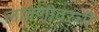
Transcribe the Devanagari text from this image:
लावणीवरची